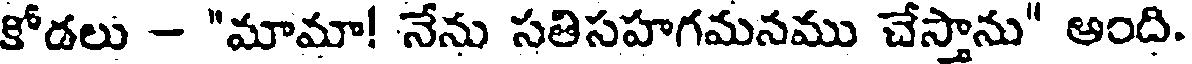
కోడలు - "మామా! నేను సతిసహగమనము చేస్తాను" అంది.